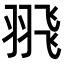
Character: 𦐭